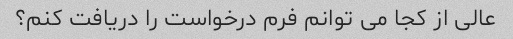
عالی از کجا می توانم فرم درخواست را دریافت کنم؟